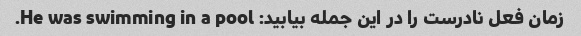
زمان فعل نادرست را در این جمله بیابید: He was swimming in a pool.